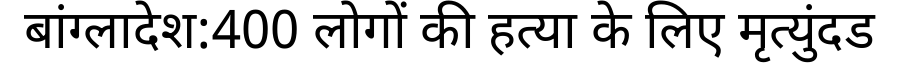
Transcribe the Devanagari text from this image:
बांग्लादेश:400 लोगों की हत्या के लिए मृत्युंदड